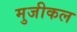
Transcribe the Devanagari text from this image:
मुजीकल